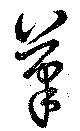
筆